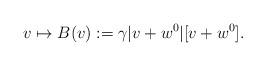
LaTeX: \begin{align*}v\mapsto B(v):=\gamma |v+w^0|[v+w^0].\end{align*}